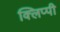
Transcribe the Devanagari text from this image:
क्लिप्पी